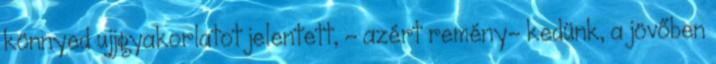
könnyed ujjgyakorlatot jelentett, - azért remény- kedünk, a jövőben